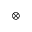
\otimes